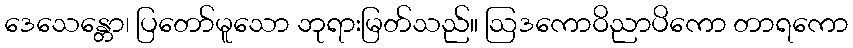
ဒေသေန္တော၊ ပြတော်မူသော ဘုရားမြတ်သည်။ ဩဒကောဝိညာပိကော တာရကော